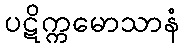
ပဋိက္ကမောသာနံ